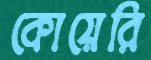
কোয়েরি